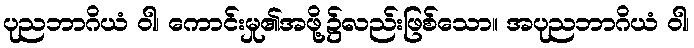
ပုညဘာဂိယံ ဝါ၊ ကောင်းမှု၏အဖို့၌လည်းဖြစ်သော။ အပုညဘာဂိယံ ဝါ၊